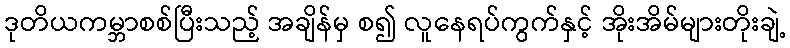
ဒုတိယကမ္ဘာစစ်ပြီးသည့် အချိန်မှ စ၍ လူနေရပ်ကွက်နှင့် အိုးအိမ်များတိုးချဲ့